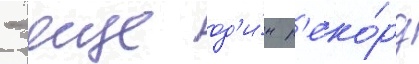
- еще од'и́н р'еко́рд